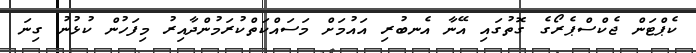
ކެޕްޓަން ޖެކްސްޕެރޯގެ ގޮތުގައި އޭނާ އެނބުރި އައުމަށް މަސައްކަތްކުރަމުންދާއިރު މިފަހުން ކުޅުނު ގިނަ